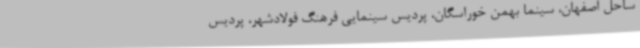
ساحل اصفهان، سینما بهمن خوراسگان، پردیس سینمایی فرهنگ فولادشهر، پردیس